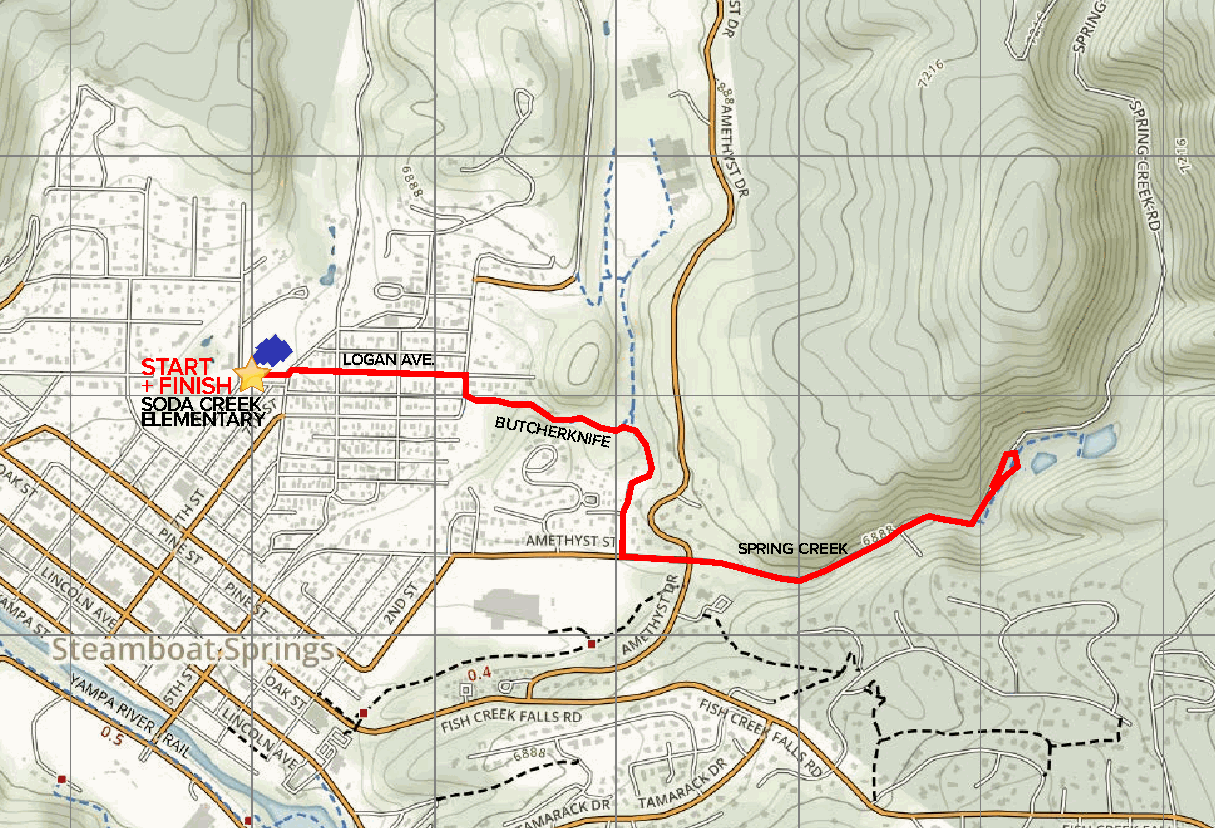
START         LOGAN AVE.
 + FINISH
 SODA CREEK
 ELEMENTARY              BUTCHERKNIFE
 SPRING CREEK